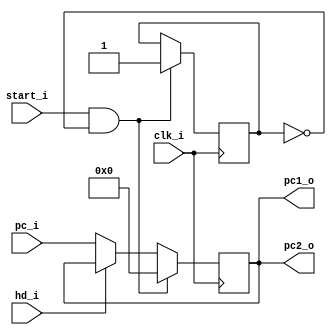
module PC
(
    clk_i,
  //  rst_i,
    start_i,
	hd_i,
    pc_i,
    pc1_o,
	pc2_o
);

// Ports
input               clk_i;
//input               rst_i;
input               start_i;
input				hd_i;	//We import the permission to write
input   [31:0]  	pc_i;
output  [31:0]  	pc1_o, pc2_o;

// Wires & Registers
reg     [31:0]      pc;
reg 				startdisable;
	
initial begin
	startdisable = 0;
end
assign pc1_o = pc;
assign pc2_o = pc;

always@(negedge clk_i) begin
    if((start_i) & (startdisable != 1'b1))
		begin
			pc <= 32'b0; 			
			startdisable <= 1'b1;	
		end
    else if (hd_i == 0)				//Everything as normal
		begin
			pc <= pc_i;				//PC = next pc
		end
	else 							//hd_i == 1 
		begin						//We don't wan't to update PC.	
		end
			
end

endmodule